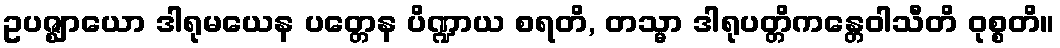
ဥပဇ္ဈာယော ဒါရုမယေန ပတ္တေန ပိဏ္ဍာယ စရတိ, တသ္မာ ဒါရုပတ္တိကန္တေဝါသီတိ ဝုစ္စတိ။